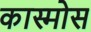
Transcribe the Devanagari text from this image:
कास्मोस